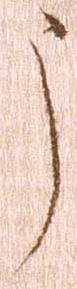
う